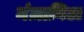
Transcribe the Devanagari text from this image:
मंज़ानिटा